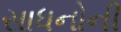
સાધનોની